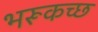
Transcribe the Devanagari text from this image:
भरूकच्छ